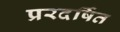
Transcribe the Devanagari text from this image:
प्ररदर्षित